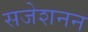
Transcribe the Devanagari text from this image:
सजेशनन